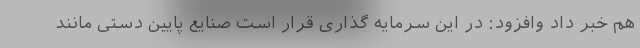
هم خبر داد وافزود: در این سرمایه گذاری قرار است صنایع پایین دستی مانند